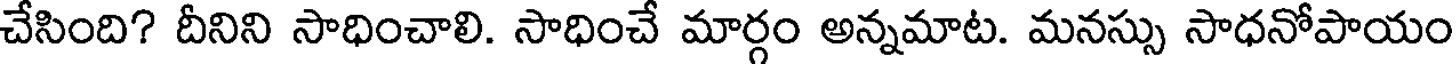
చేసింది? దీనిని సాధించాలి. సాధించే మార్గం అన్నమాట. మనస్సు సాధనోపాయం